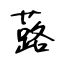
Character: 蕗